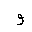
Letter: _waw